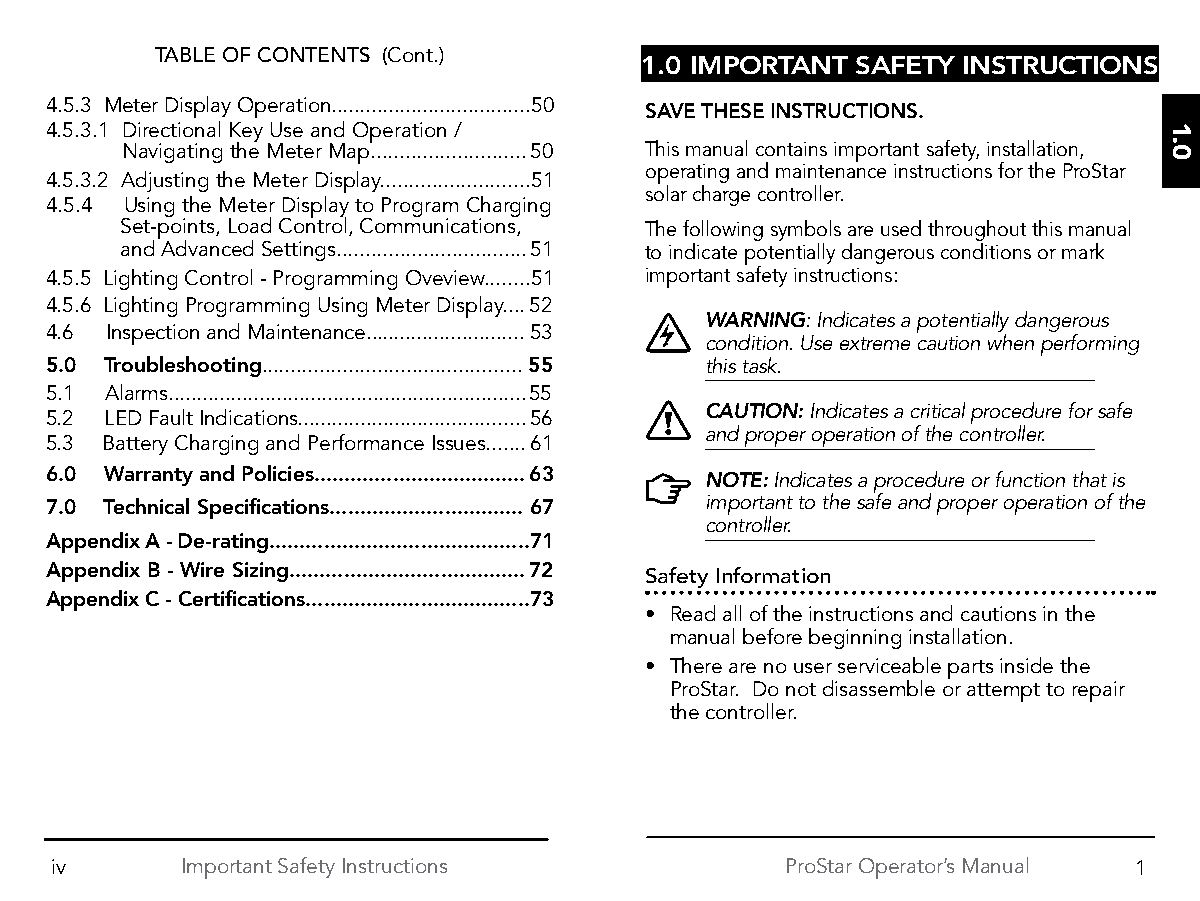
TABLE OF CONTENTS (Cont.)
 1.0 IMPORTANT  SAFETY INSTRUCTIONS
 4.5.3 Meter Display Operation...................................50 SAVE THESE INSTRUCTIONS.
 4.5.3.1 Directional Key Use and Operation /
 Navigating the Meter Map...........................50 This manual contains important safety, installation,
 operating and maintenance instructions for the ProStar
 4.5.3.2 Adjusting the Meter Display..........................51
 solar charge controller.
 4.5.4 Using the Meter Display to Program Charging
 Set-points, Load Control, Communications, The following symbols are used throughout this manual
 and Advanced Settings.................................51 to indicate potentially dangerous conditions or mark
 4.5.5 Lighting Control - Programming Oveview........51 important safety instructions:
 4.5.6 Lighting Programming Using Meter Display....52
 WARNING: Indicates a potentially dangerous
 4.6 Inspection and Maintenance............................53
 condition. Use extreme caution when performing
 5.0 Troubleshooting.............................................55 this task.
 5.1 Alarms...............................................................55
 CAUTION: Indicates a critical procedure for safe
 5.2 LED Fault Indications........................................56
 and proper operation of the controller.
 5.3 Battery Charging and Performance Issues.......61
 6.0 Warranty and Policies...................................63 NOTE: Indicates a procedure or function that is
 7.0 Technical Specifications................................67 important to the safe and proper operation of the
 controller.
 Appendix A - De-rating...........................................71
 Appendix B - Wire Sizing.......................................72
 Safety Information
 Appendix C - Certifications.....................................73
 • Read all of the instructions and cautions in the
 manual before beginning installation.
 • There are no user serviceable parts inside the
 ProStar. Do not disassemble or attempt to repair
 the controller.
 iv       Important Safety Instructions           ProStar Operator’s Manual 1
 1.0